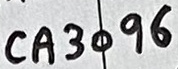
Text: CA3096